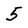
Character: 5